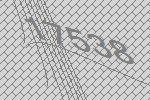
17538